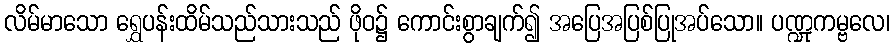
လိမ်မာသော ရွှေပန်းထိမ်သည်သားသည် ဖိုဝ၌ ကောင်းစွာချက်၍ အပြေအပြစ်ပြုအပ်သော။ ပဏ္ဍုကမ္ဗလေ၊